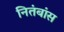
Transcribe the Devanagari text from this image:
नितंबांस